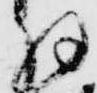
羽